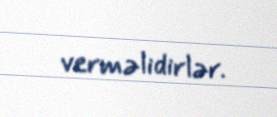
verməlidirlər.